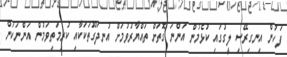
ފަހުން އިނގިރޭސި ލީގުގައި ކުޅެމުން އަންނަ ގޮތަށް ތައްޔާރުވުމަށް އުނދަގޫތަކަކާއި ކުރިމަތިވަމުން އަންނަކަން